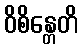
ဝိစိန္တေတိ